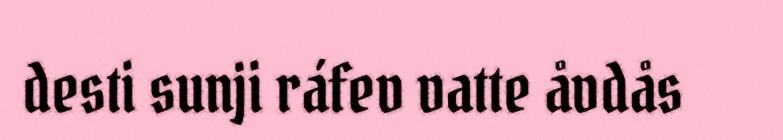
desti sunji ráfev vatte åvdås